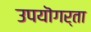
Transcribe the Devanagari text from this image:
उपयॊगर्ता